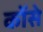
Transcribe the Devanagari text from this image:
कोंसे